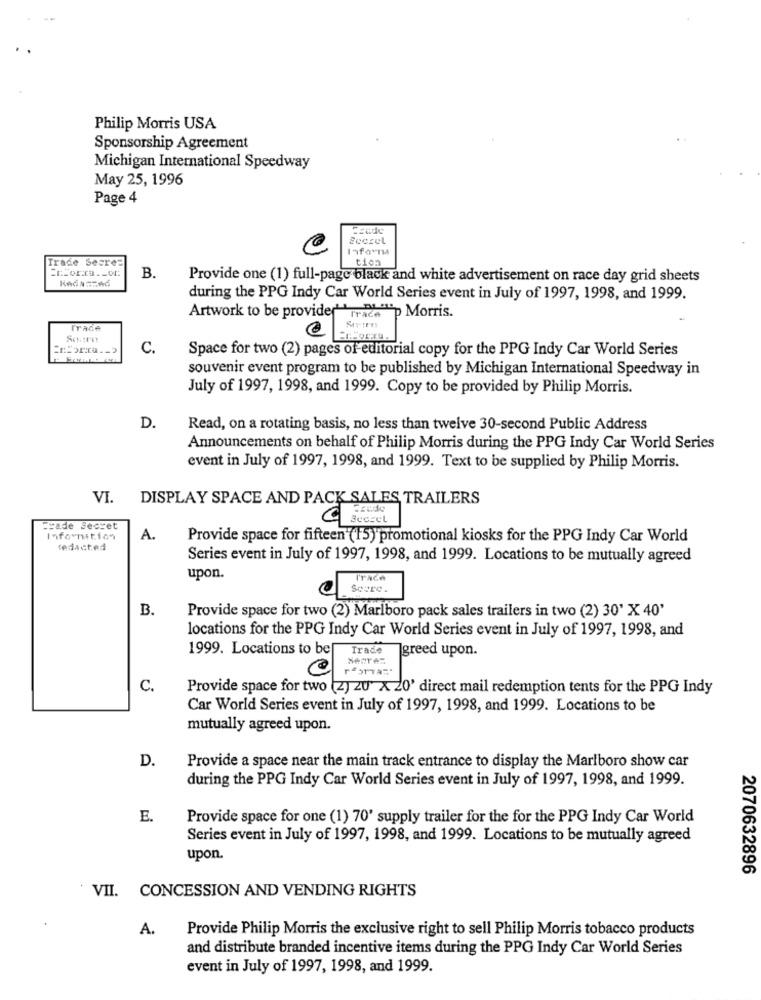
Philip Morris USA
Sponsorship Agreement
Michigan International Speedway
May 25, 1996
Page 4
Trade Secret
tion
B.
Provide one (1) full-pago black and white advertisement on race day grid sheets
during the PPG Indy Car World Series event in July of 1997, 1998, and 1999.
Artwork to be provider" rrata "p Morris.
Trace
== borta. - >
C.
Space for two (2) pages of editorial copy for the PPG Indy Car World Series
souvenir event program to be published by Michigan International Speedway in
July of 1997, 1998, and 1999. Copy to be provided by Philip Morris.
D.
Read, on a rotating basis, no less than twelve 30-second Public Address
Announcements on behalf of Philip Morris during the PPG Indy Car World Series
event in July of 1997, 1998, and 1999. Text to be supplied by Philip Morris.
VI.
DISPLAY SPACE AND PACK SALES TRAILERS
Trade Secret
Information
A.
Provide space for fifteen (15) promotional kiosks for the PPG Indy Car World
redacted
Series event in July of 1997, 1998, and 1999. Locations to be mutually agreed
upon.
ITACA
Scure.
B.
Provide space for two (2) Marlboro pack sales trailers in two (2) 30' X 40'
locations for the PPG Indy Car World Series event in July of 1997, 1998, and
1999. Locations to be
Trade
greed upon.
TESTTA="
C.
Provide space for two (z) zu" x 20' direct mail redemption tents for the PPG Indy
Car World Series event in July of 1997, 1998, and 1999. Locations to be
mutually agreed upon.
D.
Provide a space near the main track entrance to display the Marlboro show car
during the PPG Indy Car World Series event in July of 1997, 1998, and 1999.
E.
Provide space for one (1) 70' supply trailer for the for the PPG Indy Car World
Series event in July of 1997, 1998, and 1999. Locations to be mutually agreed
upon.
2070632896
VII. CONCESSION AND VENDING RIGHTS
A.
Provide Philip Morris the exclusive right to sell Philip Morris tobacco products
and distribute branded incentive items during the PPG Indy Car World Series
event in July of 1997, 1998, and 1999.